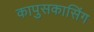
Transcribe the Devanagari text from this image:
कापुसकासिंग